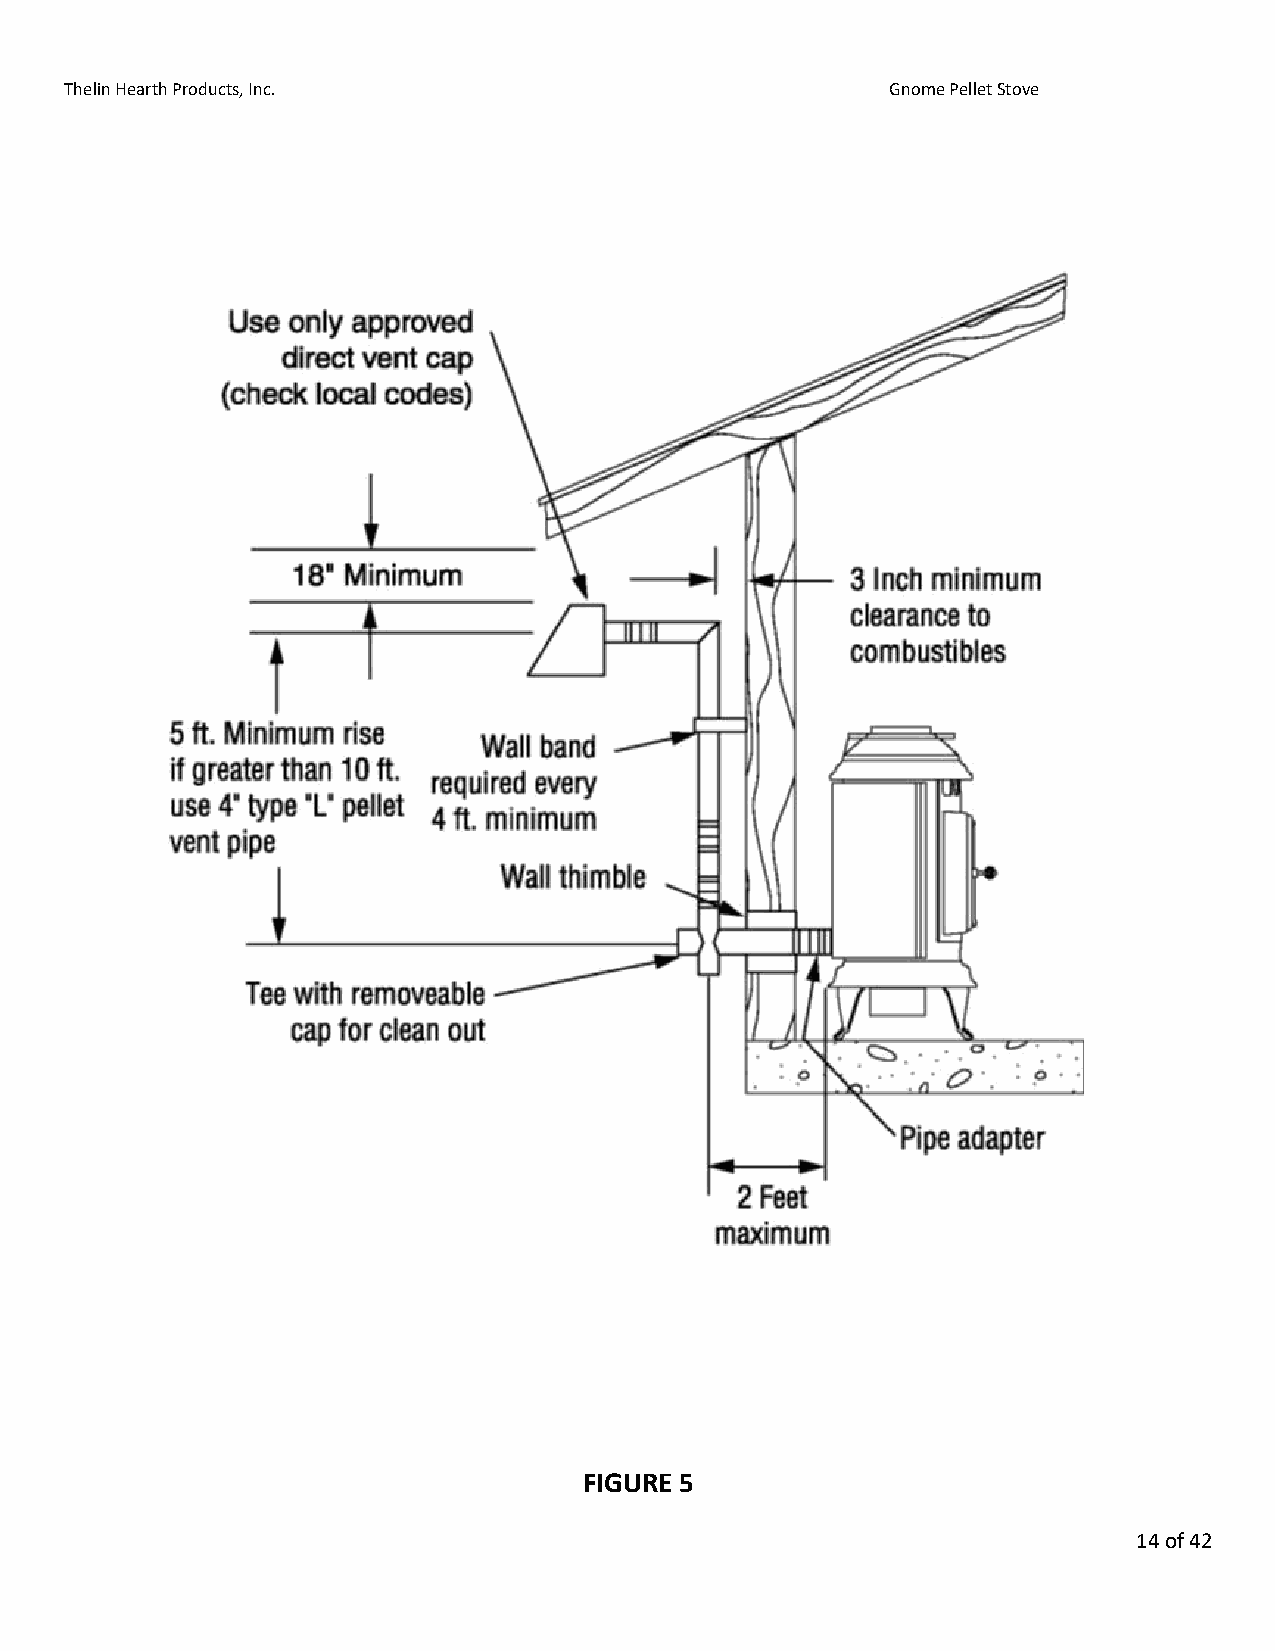
Thelin Hearth Products, Inc.                           Gnome Pellet Stove
 FIGURE 5
 14 of 42